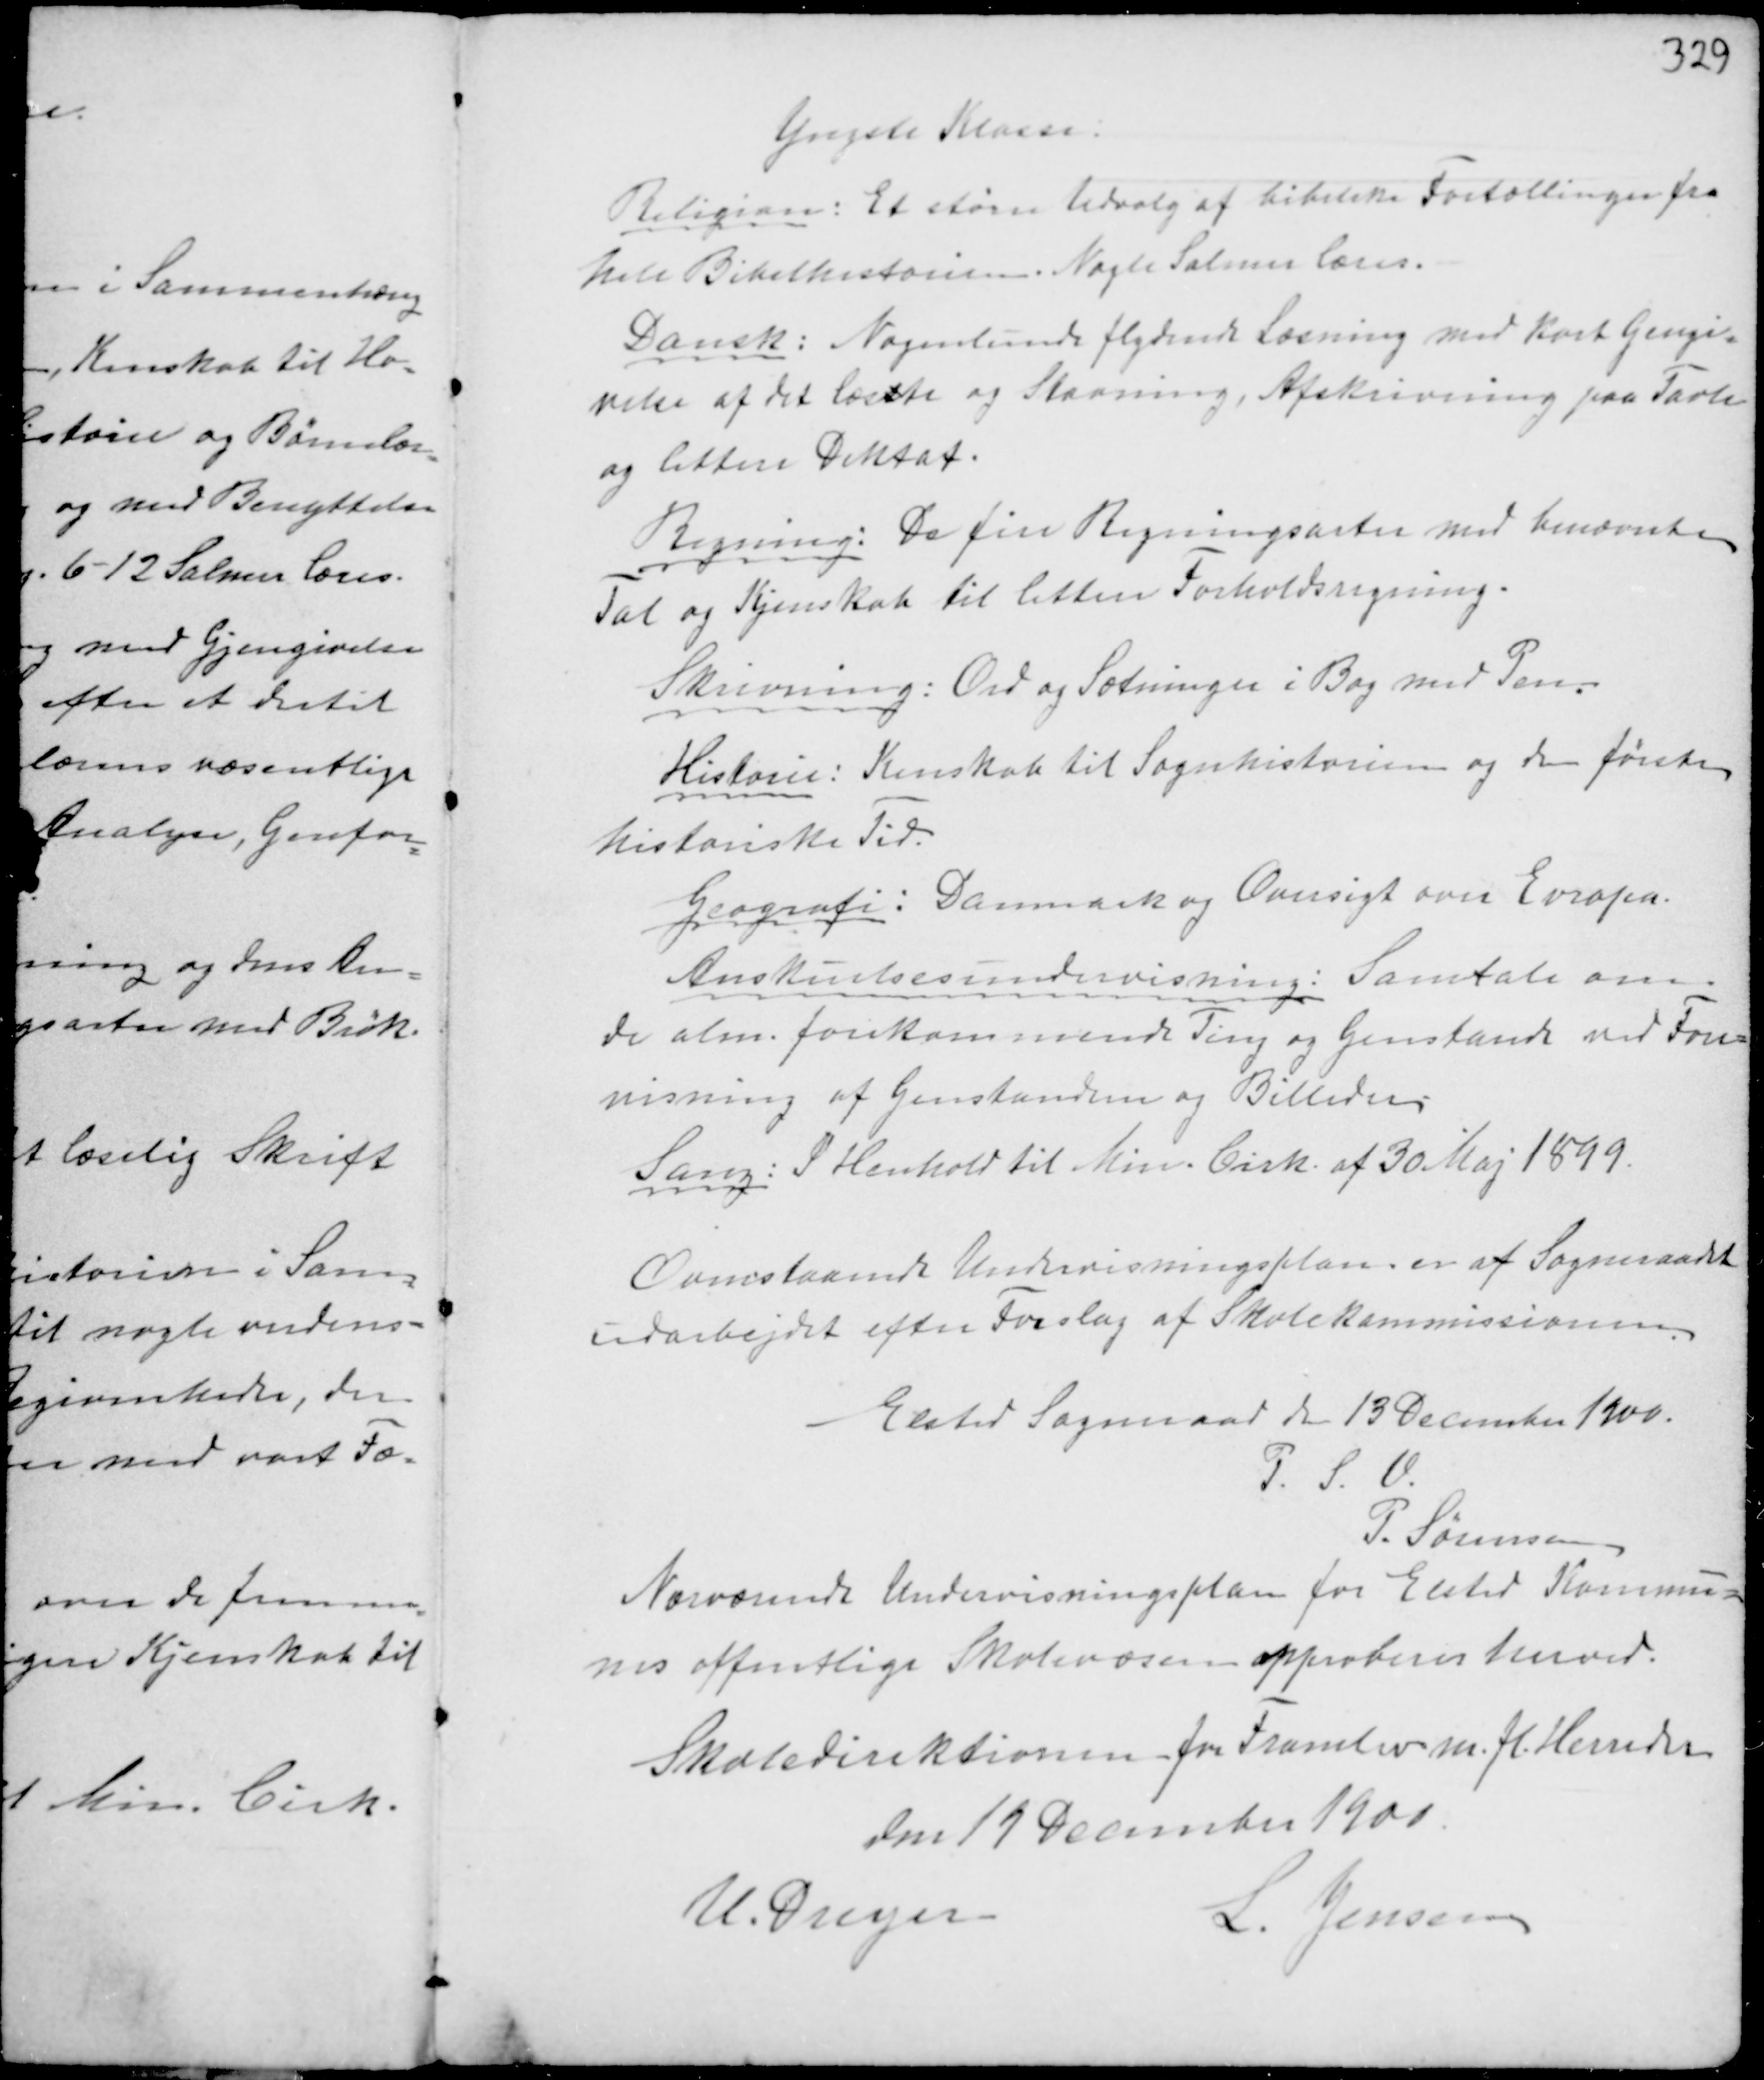
Transskription:
Yngste Klasse:

Religion: Et større Udvalg af bibelske Fortællinger fra
hele Bibelhistorien. Nogle Salmer læses.
Dansk: Nogenlunde flydende Læsning med kort Gengi
velse af det læste og Stavning, Afskrivning paa Tavle
og lettere Diktat.
Regning: De fire Regningsarter med benævnelsen
Tal og Kjenskab til lettere Forholdsregning.
Skrivning: Ord og Sætninger i Bog med Pen.
Historie: Kenskab til Sagnhistorien og den første
historiske Tid.
Geografi: Danmark og Oversigt over Europa.
Anskuelsesundervisning: Samtale om
de alm. forekommende Ting og Genstande med Fore-
visning af Genstandene og Billeder.
Sang: I Henhold til Min. Cirk. af 30 Maj 1899.

Ovenstaaende Undervisningsplan er af Sogneraadet
udarbejdet efter Forslag fra Skolekommissionen.

Elsted Sogneraad den 13 December 1900.
P. S. V.
P. Sørensen
Nærværende Undervisningsplan for Elsted Kommu-
nes offentlige Skolevæsen approberes herved.
Skoledirektionen for Framlev m.fl. Herreder
den 19 December 1900.
U. Dreyer
L. Jensen